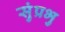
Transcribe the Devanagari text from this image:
सुंप्रभु